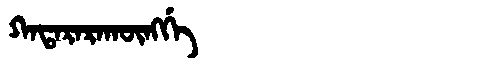
Manchu: ᡴᠠᡨᠠᡵᠠᡵᠠᡴᡡᠩᡤᡝ
Romanization: KATARARAKŪNGGE